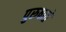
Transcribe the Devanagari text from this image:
पुरुषाते